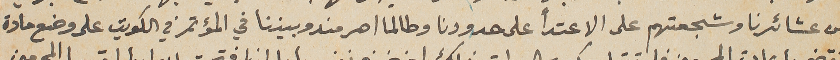
من عشائرنا وشجعتهم على الاعتدأ على حدودنا وطالما اصر مندوبيننا في المؤتمر في الكويت على وضع مادة